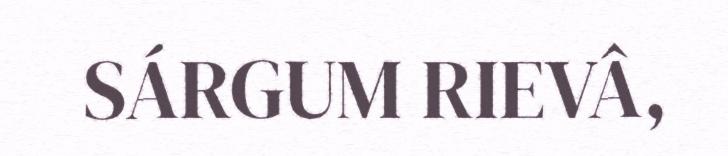
SÁRGUM RIEVÂ,